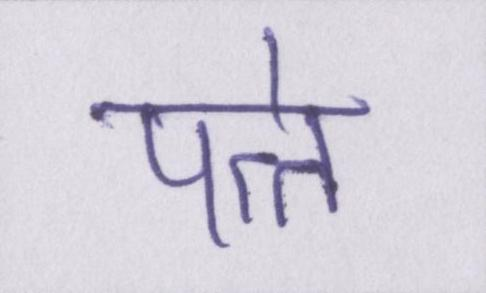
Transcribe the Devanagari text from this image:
पत्ते